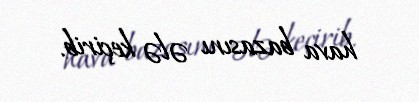
hava bazasını ələ keçirib.